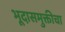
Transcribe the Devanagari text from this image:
भूदासमुक्तीचा